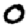
Digit: 0